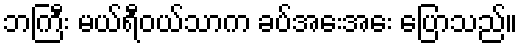
ဘကြီး မယ်ရီဝယ်သာက ခပ်အေးအေး ပြောသည်။